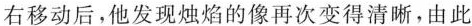
右移动后，他发现烛焰的像再次变得清晰，由此